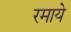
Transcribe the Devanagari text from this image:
रमाये